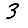
Digit: 3